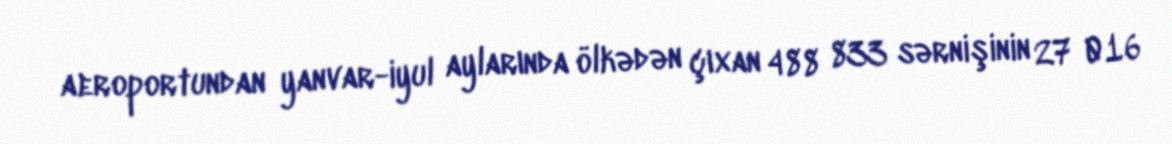
aeroportundan yanvar-iyul aylarında ölkədən çıxan 488 833 sərnişinin 27 016